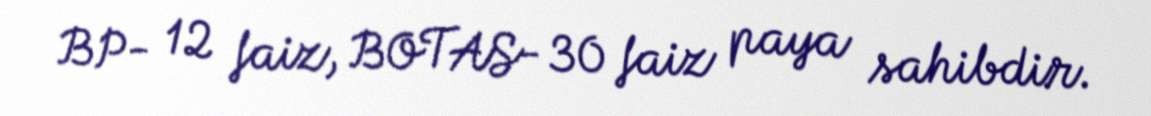
BP- 12 faiz, BOTAS- 30 faiz paya sahibdir.